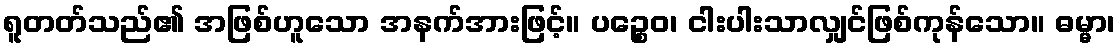
ရူတတ်သည်၏ အဖြစ်ဟူသော အနက်အားဖြင့်။ ပဉ္စေဝ၊ ငါးပါးသာလျှင်ဖြစ်ကုန်သော။ ဓမ္မာ၊